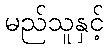
မည်သူနှင့်